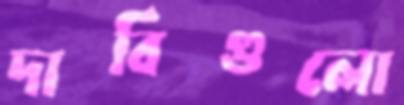
দাবিগুলো